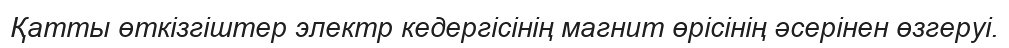
Қатты өткізгіштер электр кедергісінің магнит өрісінің әсерінен өзгеруі.